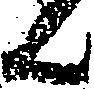
ん